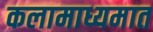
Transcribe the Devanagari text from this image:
कलामाध्यमात